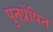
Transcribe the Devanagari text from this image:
पुनर्प्रेषित